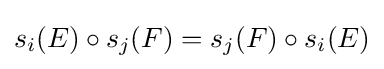
s_{i}(E)\circ s_{j}(F)=s_{j}(F)\circ s_{i}(E)